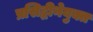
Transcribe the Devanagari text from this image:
प्रसिद्धीनेयुक्त